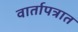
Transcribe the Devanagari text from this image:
वार्तापत्रात